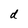
Character: d